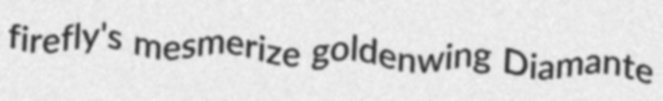
firefly's mesmerize goldenwing Diamante